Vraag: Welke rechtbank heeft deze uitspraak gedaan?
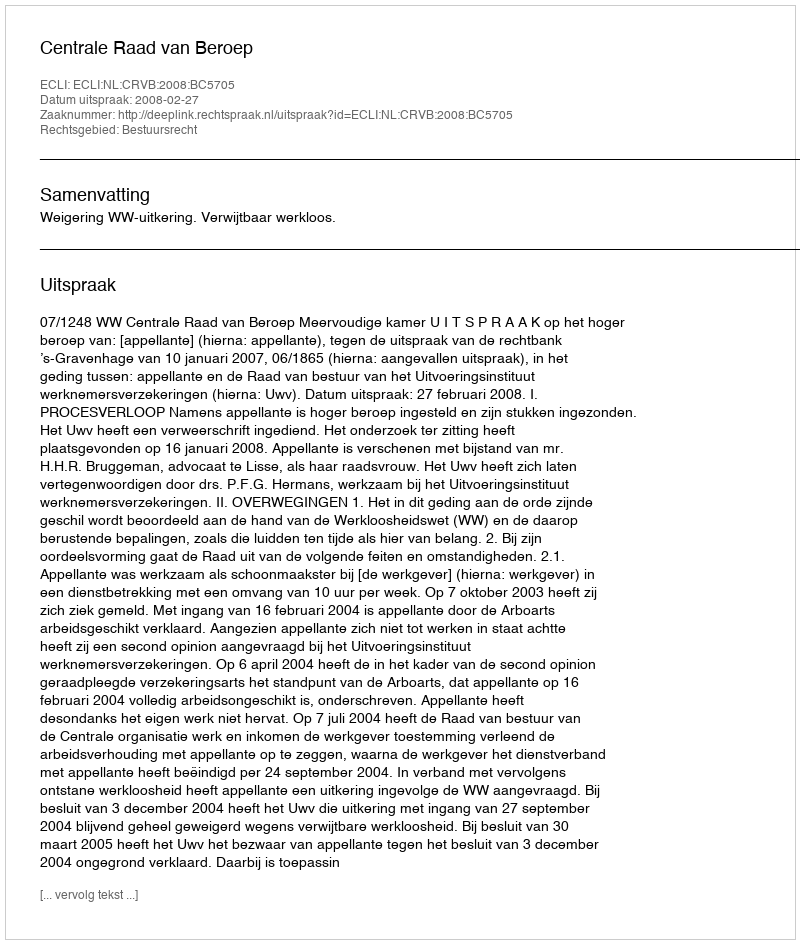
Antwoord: Centrale Raad van Beroep